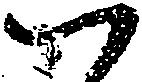
つ